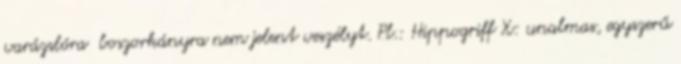
varázslóra boszorkányra nem jelent veszélyt. Pl.: Hippogriff X: unalmas, egyszerű